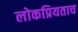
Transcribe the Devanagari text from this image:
लोकप्रियताच